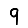
Digit: 9